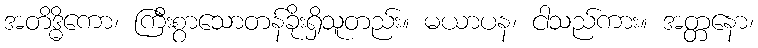
အတိဒ္ဓိကော၊ ကြီးစွာသောတန်ခိုးရှိသူတည်း။ မယာပန၊ ငါသည်ကား။ အတ္တနော၊